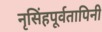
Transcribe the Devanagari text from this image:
नृसिंहपूर्वतापिनी